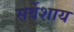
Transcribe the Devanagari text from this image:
सर्वेशाय